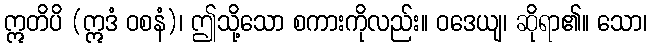
ဣတိပိ (ဣဒံ ဝစနံ)၊ ဤသို့သော စကားကိုလည်း။ ဝဒေယျ၊ ဆိုရာ၏။ သော၊